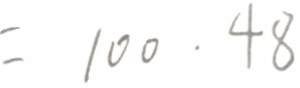
= 1 0 0 \cdot 4 8